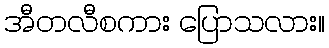
အီတလီစကား ပြောသလား။